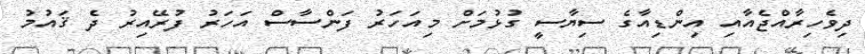
ދިވެހިރާއްޖެއާއި އިންޑިއާގެ ސިޔާސީ ގުޅުމަށް މިއަހަރު ފަންސާސް އަހަރު ފުރޭއިރު ދެ ޤައުމު